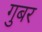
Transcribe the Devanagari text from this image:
गुबर